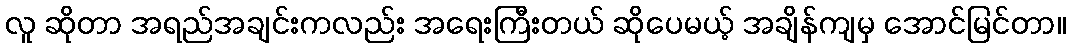
လူ ဆိုတာ အရည်အချင်းကလည်း အရေးကြီးတယ် ဆိုပေမယ့် အချိန်ကျမှ အောင်မြင်တာ။